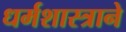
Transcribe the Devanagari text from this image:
धर्मशास्त्राने